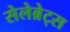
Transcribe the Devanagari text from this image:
सेलेब्रेट्स